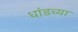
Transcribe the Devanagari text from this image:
धांडच्या